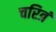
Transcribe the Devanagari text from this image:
चरित्रं